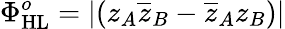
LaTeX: \Phi_{\mathrm{HL}}^{o}=|(z_{A}\overline{{z}}_{B}-\overline{{z}}_{A}z_{B})|